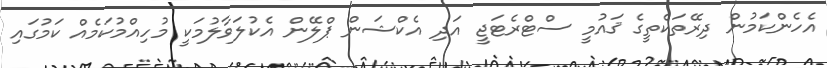
އެހެންކަމުން ދިރޭތަކެތީގެ ޤައުމީ ސްޓްރެޓަޖީ އަދި އެކްޝަން ޕްލޭން އެކުލަވާލުމަކީ މުހިއްމުކަމެއް ކަމުގައި